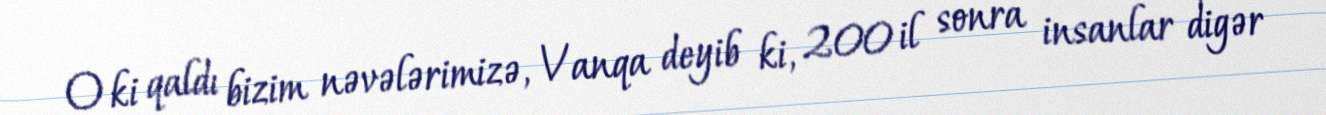
O ki qaldı bizim nəvələrimizə, Vanqa deyib ki, 200 il sonra insanlar digər